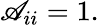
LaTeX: \mathscr{A}_{ii}=1.